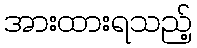
အားထားရသည့်